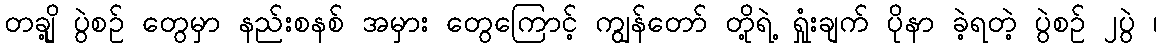
တချို့ ပွဲစဉ် တွေမှာ နည်းစနစ် အမှား တွေကြောင့် ကျွန်တော် တို့ရဲ့ ရှုံးချက် ပိုနာ ခဲ့ရတဲ့ ပွဲစဉ် ၂ပွဲ ၊